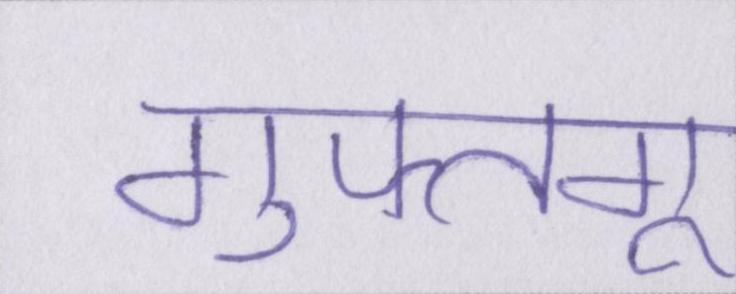
गुफ्तगू